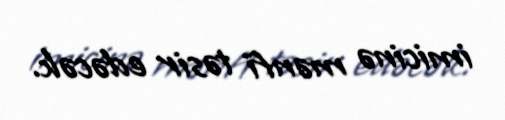
imicinə mənfi təsir edəcək.